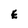
Character: E